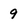
Character: 9